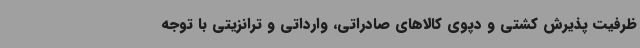
ظرفیت پذیرش کشتی و دپوی کالاهای صادراتی، وارداتی و ترانزیتی با توجه